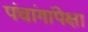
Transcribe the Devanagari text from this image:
पंचांगांपेक्षा